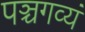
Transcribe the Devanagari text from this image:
पञ्चगव्यं